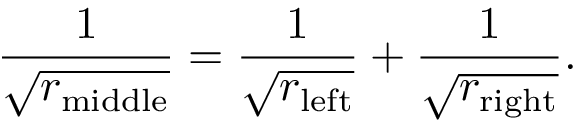
{ \frac { 1 } { \sqrt { r _ { \mathrm { m i d d l e } } } } } = { \frac { 1 } { \sqrt { r _ { \mathrm { l e f t } } } } } + { \frac { 1 } { \sqrt { r _ { \mathrm { r i g h t } } } } } .